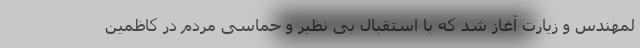
لمهندس و زیارت آغاز شد که با استقبال بی نظیر و حماسی مردم در کاظمین